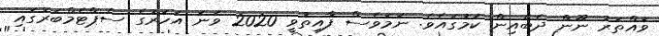
ވައްތަރު ނޫން ދެބެއިން ކަމުގައެވެ. ނަމަވެސް ފާއިތުވީ 2020 ވަނަ އަހަރުގެ ސެޕްޓެމްބަރުގައި